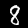
Digit: 8